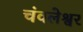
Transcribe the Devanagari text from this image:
चंवलेश्वर